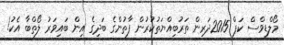
މޯލްޑިވްސް ކަޕް 2015ދަރިން ތަރުބިއްޔަތުކުރުން ފާތުންގެ ބަދިގެ އިން ބައިވަރު ލޯތްބާ އެކު!